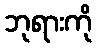
ဘုရားကို